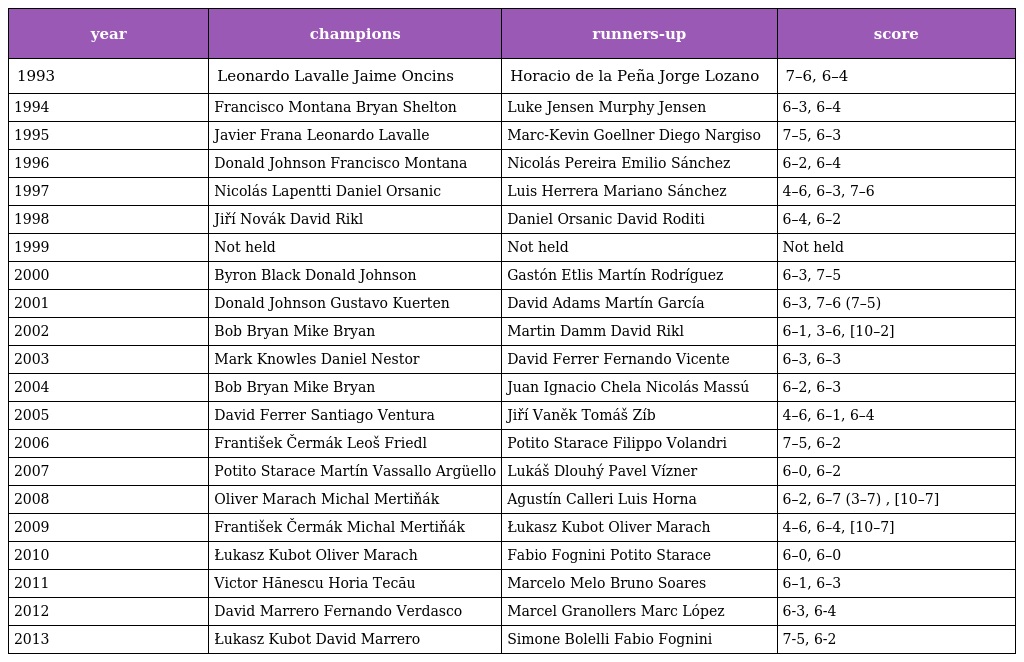
| year | champions | runners-up | score |
 | --- | --- | --- | --- |
 | 1993 | Leonardo Lavalle Jaime Oncins | Horacio de la Peña Jorge Lozano | 7–6, 6–4 |
 | 1994 | Francisco Montana Bryan Shelton | Luke Jensen Murphy Jensen | 6–3, 6–4 |
 | 1995 | Javier Frana Leonardo Lavalle | Marc-Kevin Goellner Diego Nargiso | 7–5, 6–3 |
 | 1996 | Donald Johnson Francisco Montana | Nicolás Pereira Emilio Sánchez | 6–2, 6–4 |
 | 1997 | Nicolás Lapentti Daniel Orsanic | Luis Herrera Mariano Sánchez | 4–6, 6–3, 7–6 |
 | 1998 | Jiří Novák David Rikl | Daniel Orsanic David Roditi | 6–4, 6–2 |
 | 1999 | Not held | Not held | Not held |
 | 2000 | Byron Black Donald Johnson | Gastón Etlis Martín Rodríguez | 6–3, 7–5 |
 | 2001 | Donald Johnson Gustavo Kuerten | David Adams Martín García | 6–3, 7–6 (7–5) |
 | 2002 | Bob Bryan Mike Bryan | Martin Damm David Rikl | 6–1, 3–6, [10–2] |
 | 2003 | Mark Knowles Daniel Nestor | David Ferrer Fernando Vicente | 6–3, 6–3 |
 | 2004 | Bob Bryan Mike Bryan | Juan Ignacio Chela Nicolás Massú | 6–2, 6–3 |
 | 2005 | David Ferrer Santiago Ventura | Jiří Vaněk Tomáš Zíb | 4–6, 6–1, 6–4 |
 | 2006 | František Čermák Leoš Friedl | Potito Starace Filippo Volandri | 7–5, 6–2 |
 | 2007 | Potito Starace Martín Vassallo Argüello | Lukáš Dlouhý Pavel Vízner | 6–0, 6–2 |
 | 2008 | Oliver Marach Michal Mertiňák | Agustín Calleri Luis Horna | 6–2, 6–7 (3–7) , [10–7] |
 | 2009 | František Čermák Michal Mertiňák | Łukasz Kubot Oliver Marach | 4–6, 6–4, [10–7] |
 | 2010 | Łukasz Kubot Oliver Marach | Fabio Fognini Potito Starace | 6–0, 6–0 |
 | 2011 | Victor Hănescu Horia Tecău | Marcelo Melo Bruno Soares | 6–1, 6–3 |
 | 2012 | David Marrero Fernando Verdasco | Marcel Granollers Marc López | 6-3, 6-4 |
 | 2013 | Łukasz Kubot David Marrero | Simone Bolelli Fabio Fognini | 7-5, 6-2 |